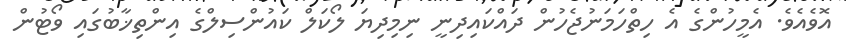
އޮވެއެވެ. އެމީހުންގެ އެ ހިތްހަމަނުޖެހުން ދައްކައިދިނީ ނިމިދިޔަ ލޯކަލް ކައުންސިލްގެ އިންތިޚާބުގައި ވޯޓުން